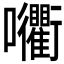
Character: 𡆚